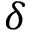
\delta